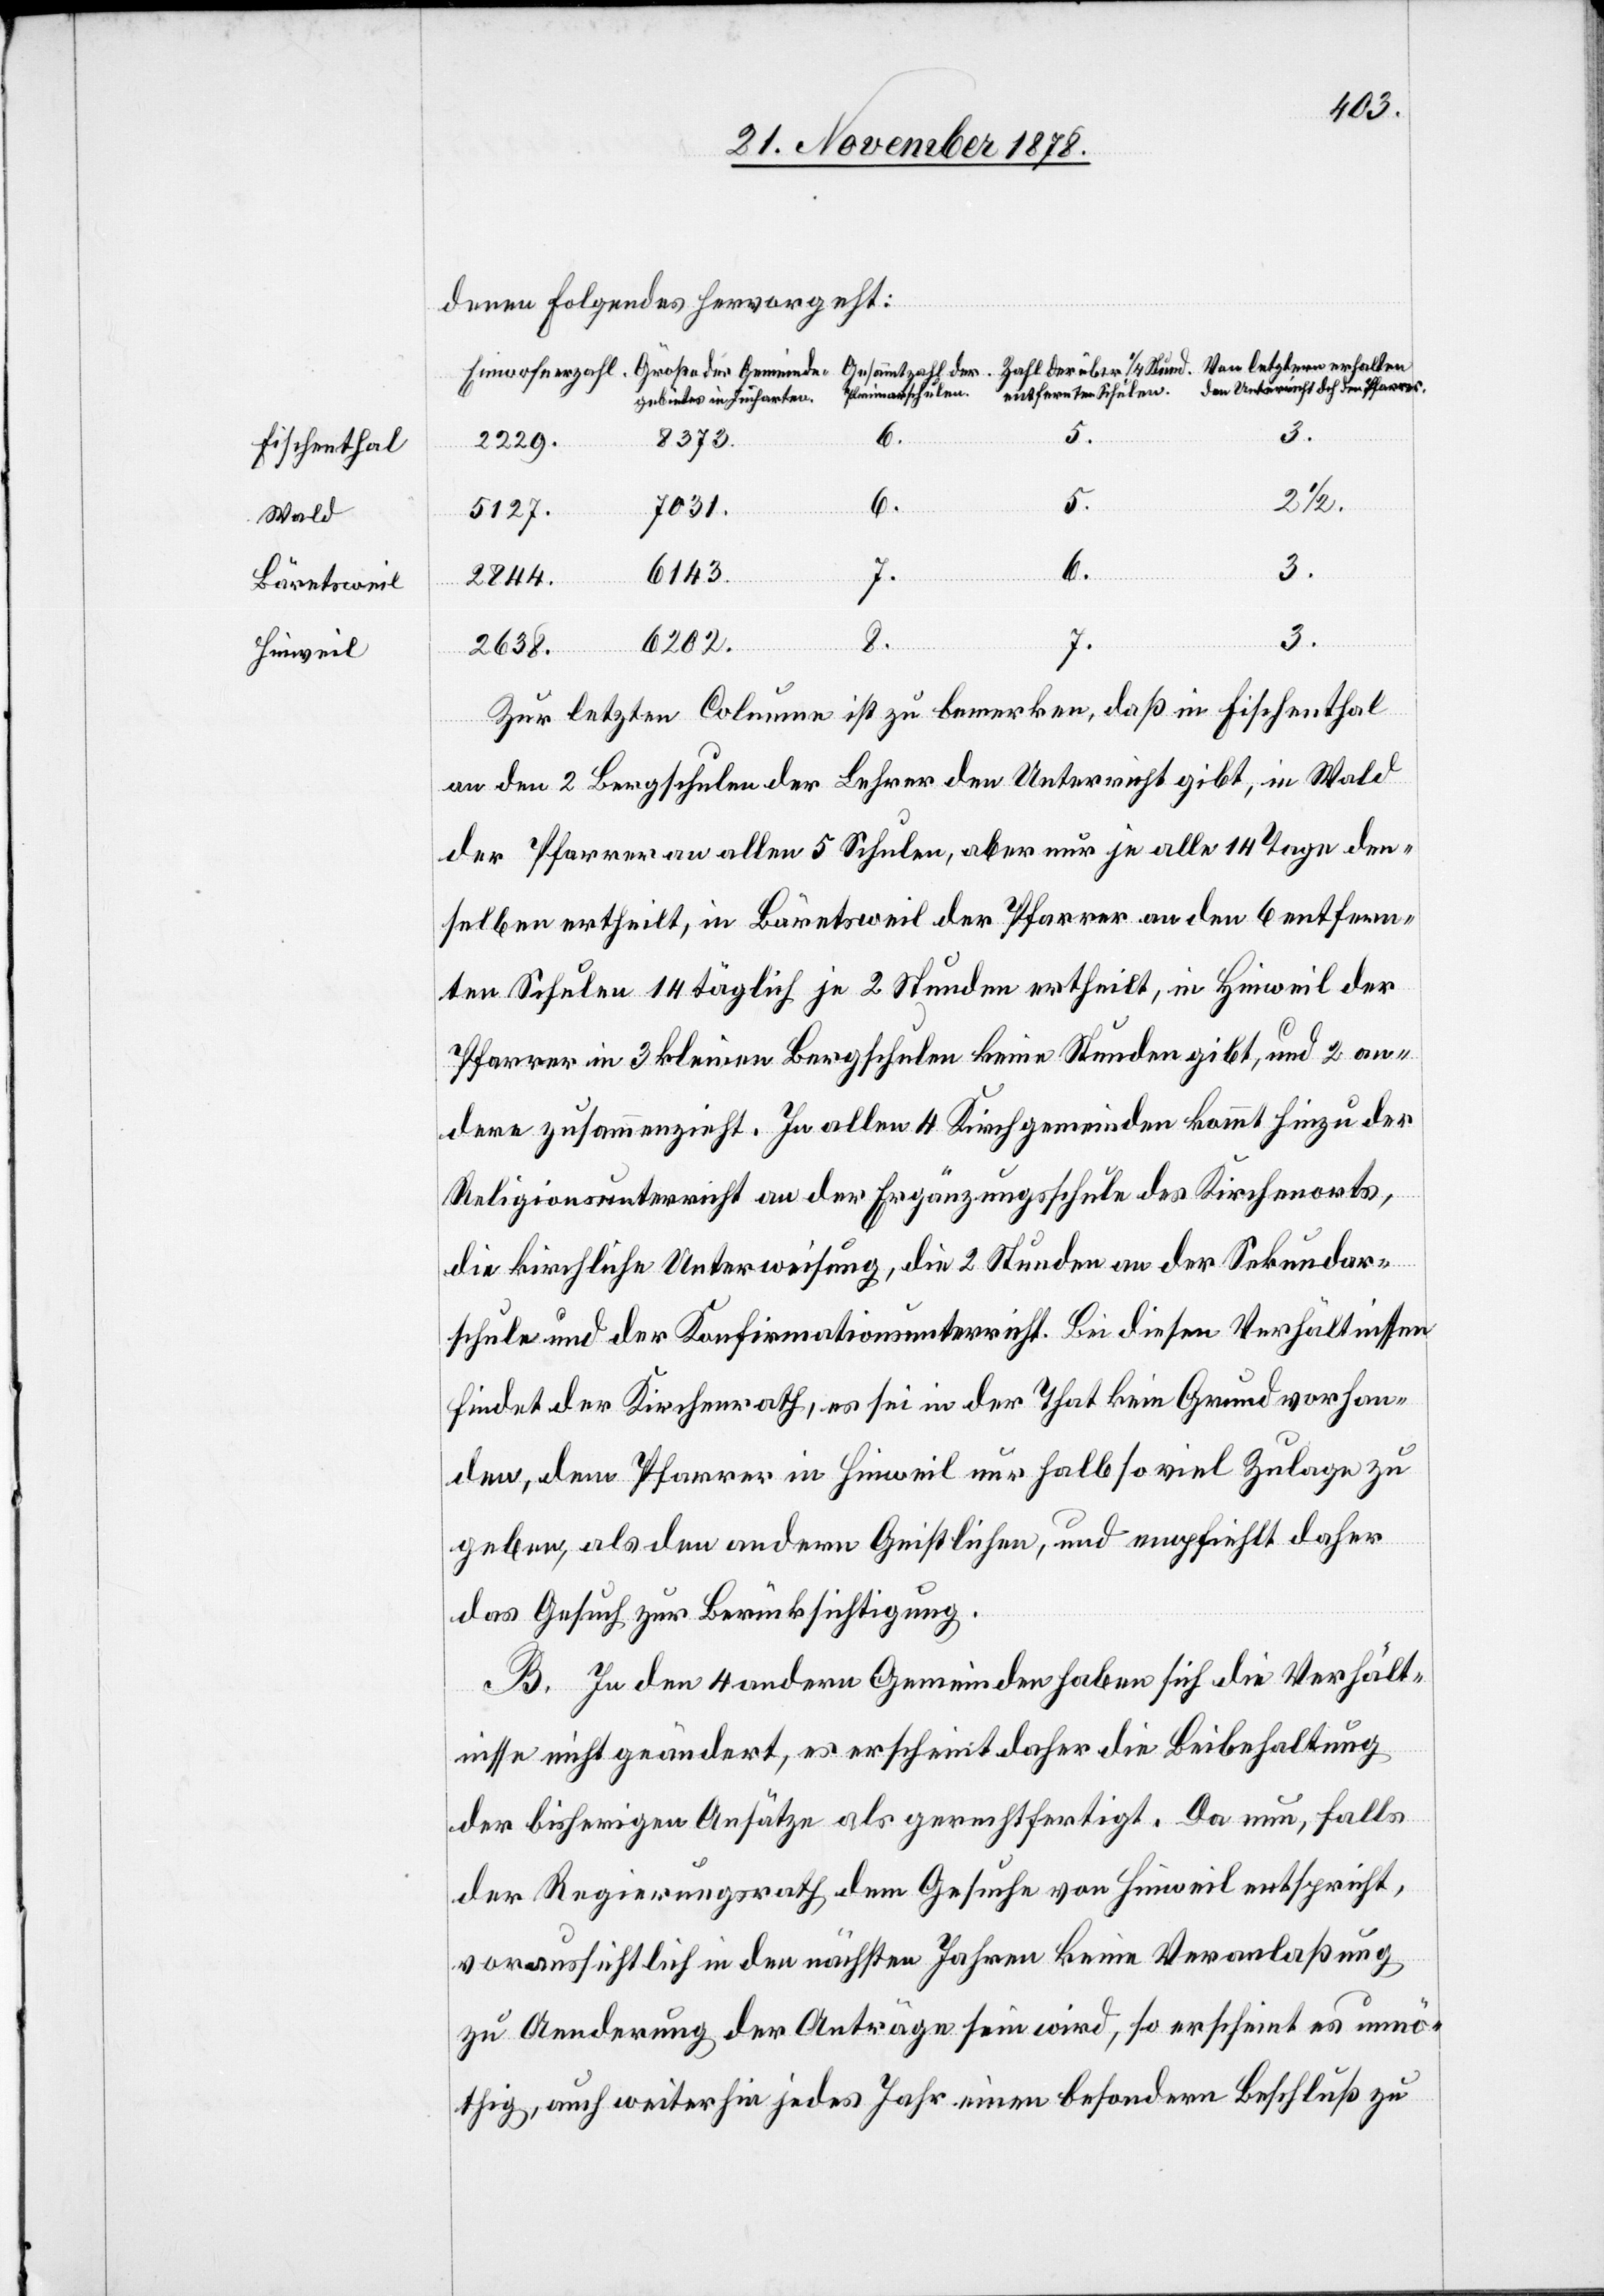
Fischenthal
Wald
Bäretsweil
Hinweil

denen folgendes hervorgeht:
8373.
2229.
über
2 1/2.
6.
5.
3.
den
7031.
5127.
dch
der
6143.
Pfarrer
7.
3.
2844.
3.
6202.
8.
2638.
Zur letzten Columne ist zu bemerken, daß in Fischenthal
an den 2 Bergschulen der Lehrer den Unterricht gibt, in Wald
der Pfarrer an allen 5 Schulen, aber nur je alle 14 Tage den¬
selben ertheilt, in Bäretsweil der Pfarrer an den 6 entfern¬
ten Schulen 14 täglich je 2 Stunden ertheilt, in Hinweil der
Pfarrer in 3 kleinen Bergschulen keine Stunden gibt, und 2 an¬
dere zusammenzieht. In allen 4 Kirchgemeinden kommt hinzu der
Religionsunterricht an der Ergänzungsschule des Kirchenorts,
die kirchliche Unterweisung, die 2 Stunden an der Sekundar¬
schule und der Konfirmationsunterricht. Bei diesen Verhältnissen
findet der Kirchenrath, es sei in der That kein Grund vorhan¬
den, dem Pfarrer in Hinweil nur halb so viel Zulage zu
geben, als den andern Geistlichen, und empfiehlt daher
das Gesuch zur Berücksichtigung.
B. In den 4 anderen Gemeinden haben sich die Verhält¬
nisse nicht geändert, es erscheint daher die Beibehaltung
der bisherigen Ansätze als gerechtfertigt. Da nun, falls
der Regierungsrath dem Gesuche von Hinweil entspricht,
voraussichtlich in den nächsten Jahren keine Veranlaßung
zu Aenderung der Anträge sein wird, so erscheint es unnö¬
thig, auch weiterhin jedes Jahr einen besondern Beschluß zu